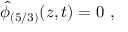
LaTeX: \widehat { \phi } _ { ( 5 / 3 ) } ( z , t ) = 0 \ ,